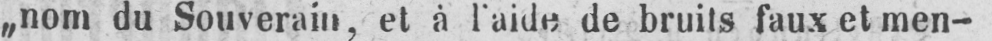
„nom du Souverain, et à I’aide de bruits faux et men-